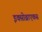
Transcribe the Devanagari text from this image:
इक्सोब्राएकस